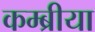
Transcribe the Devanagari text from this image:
कम्ब्रीया